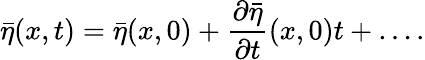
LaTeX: \bar{\eta}(x,t)=\bar{\eta}(x,0)+\frac{\partial\bar{\eta}}{\partial t}(x,0)t+\ldots.